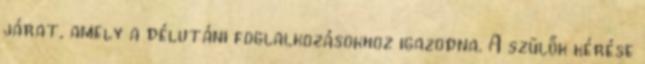
járat, amely a délutáni foglalkozásokhoz igazodna. A szülők kérése